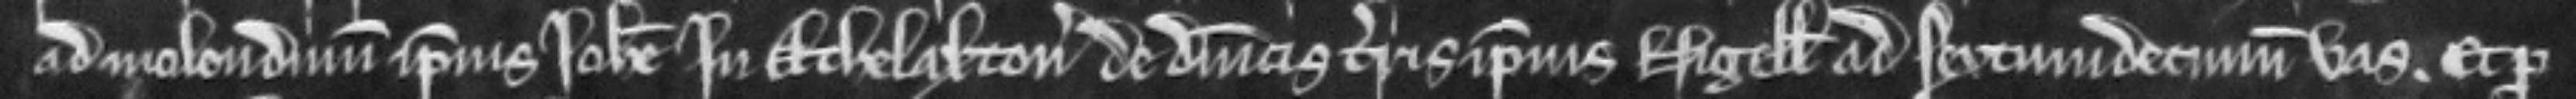
ad molendinum ipsius Johanne in Athelaxton de dominicis terris ipsius Nigelli ad sextum decimum vas. Et pro